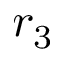
r _ { 3 }